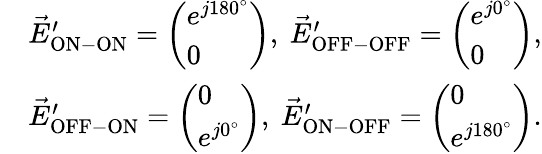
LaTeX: \begin{array}{rl}&{\vec{E}_{\mathrm{{ON-ON}}}^{\prime}=\left(\begin{array}{l}{e^{j180^{\circ}}}\\ {0}\end{array}\right),\mathrm{~}\vec{E}_{\mathrm{OFF-OFF}}^{\prime}=\left(\begin{array}{l}{e^{j0^{\circ}}}\\ {0}\end{array}\right),}\\ &{\vec{E}_{\mathrm{{OFF-ON}}}^{\prime}=\left(\begin{array}{l}{0}\\ {e^{j0^{\circ}}}\end{array}\right),\mathrm{~}\vec{E}_{\mathrm{ON-OFF}}^{\prime}=\left(\begin{array}{l}{0}\\ {e^{j180^{\circ}}}\end{array}\right).}\end{array}